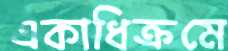
একাধিক্রমে